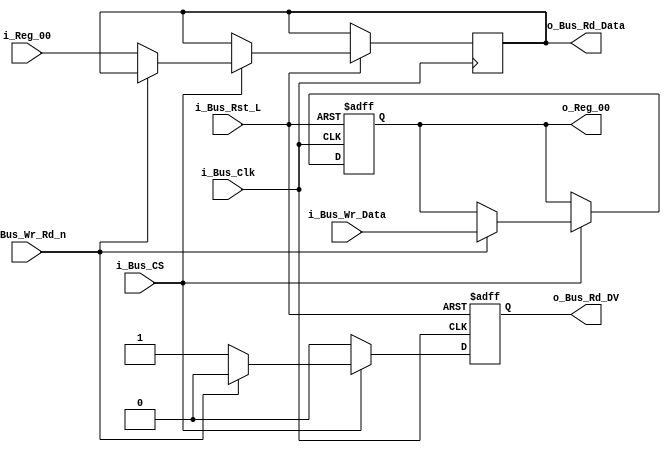
module Bus_Reg_X1 #(parameter INIT_00  = 0)
 (input             i_Bus_Rst_L,
  input             i_Bus_Clk,
  input             i_Bus_CS,
  input             i_Bus_Wr_Rd_n,
  input [15:0]      i_Bus_Wr_Data,
  output reg [15:0] o_Bus_Rd_Data,
  output reg        o_Bus_Rd_DV,
  input [15:0]      i_Reg_00,
  output reg [15:0] o_Reg_00);

  always @(posedge i_Bus_Clk or negedge i_Bus_Rst_L)
  begin
    if (~i_Bus_Rst_L)
    begin
      o_Bus_Rd_DV <= 1'b0;
      o_Reg_00   <= INIT_00;
    end
    else
    begin
      o_Bus_Rd_DV <= 1'b0;

      if (i_Bus_CS == 1'b1)
      begin
        if (i_Bus_Wr_Rd_n == 1'b1) // Write Command
          o_Reg_00 <= i_Bus_Wr_Data;
        else // Read Command
        begin
          o_Bus_Rd_DV   <= 1'b1;
          o_Bus_Rd_Data <= i_Reg_00;
        end
      end // if (i_Bus_CS == 1'b1)
    end // else: !if(!i_Bus_Rst_L)
  end // always @ (posedge i_Bus_Clk or negedge i_Bus_Rst_L)

endmodule